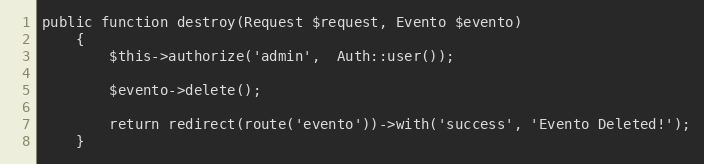
Language: PHP
public function destroy(Request $request, Evento $evento)
	{
		$this->authorize('admin',  Auth::user());

		$evento->delete();

		return redirect(route('evento'))->with('success', 'Evento Deleted!');
	}